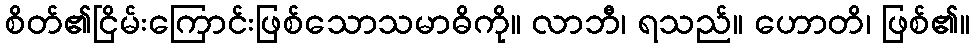
စိတ်၏ငြိမ်းကြောင်းဖြစ်သောသမာဓိကို။ လာဘီ၊ ရသည်။ ဟောတိ၊ ဖြစ်၏။